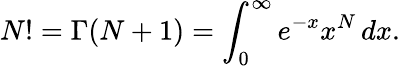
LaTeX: N!=\Gamma(N+1)=\int_{0}^{\infty}e^{-x}x^{N}\, dx.